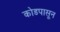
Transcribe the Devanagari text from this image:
कोडपासून